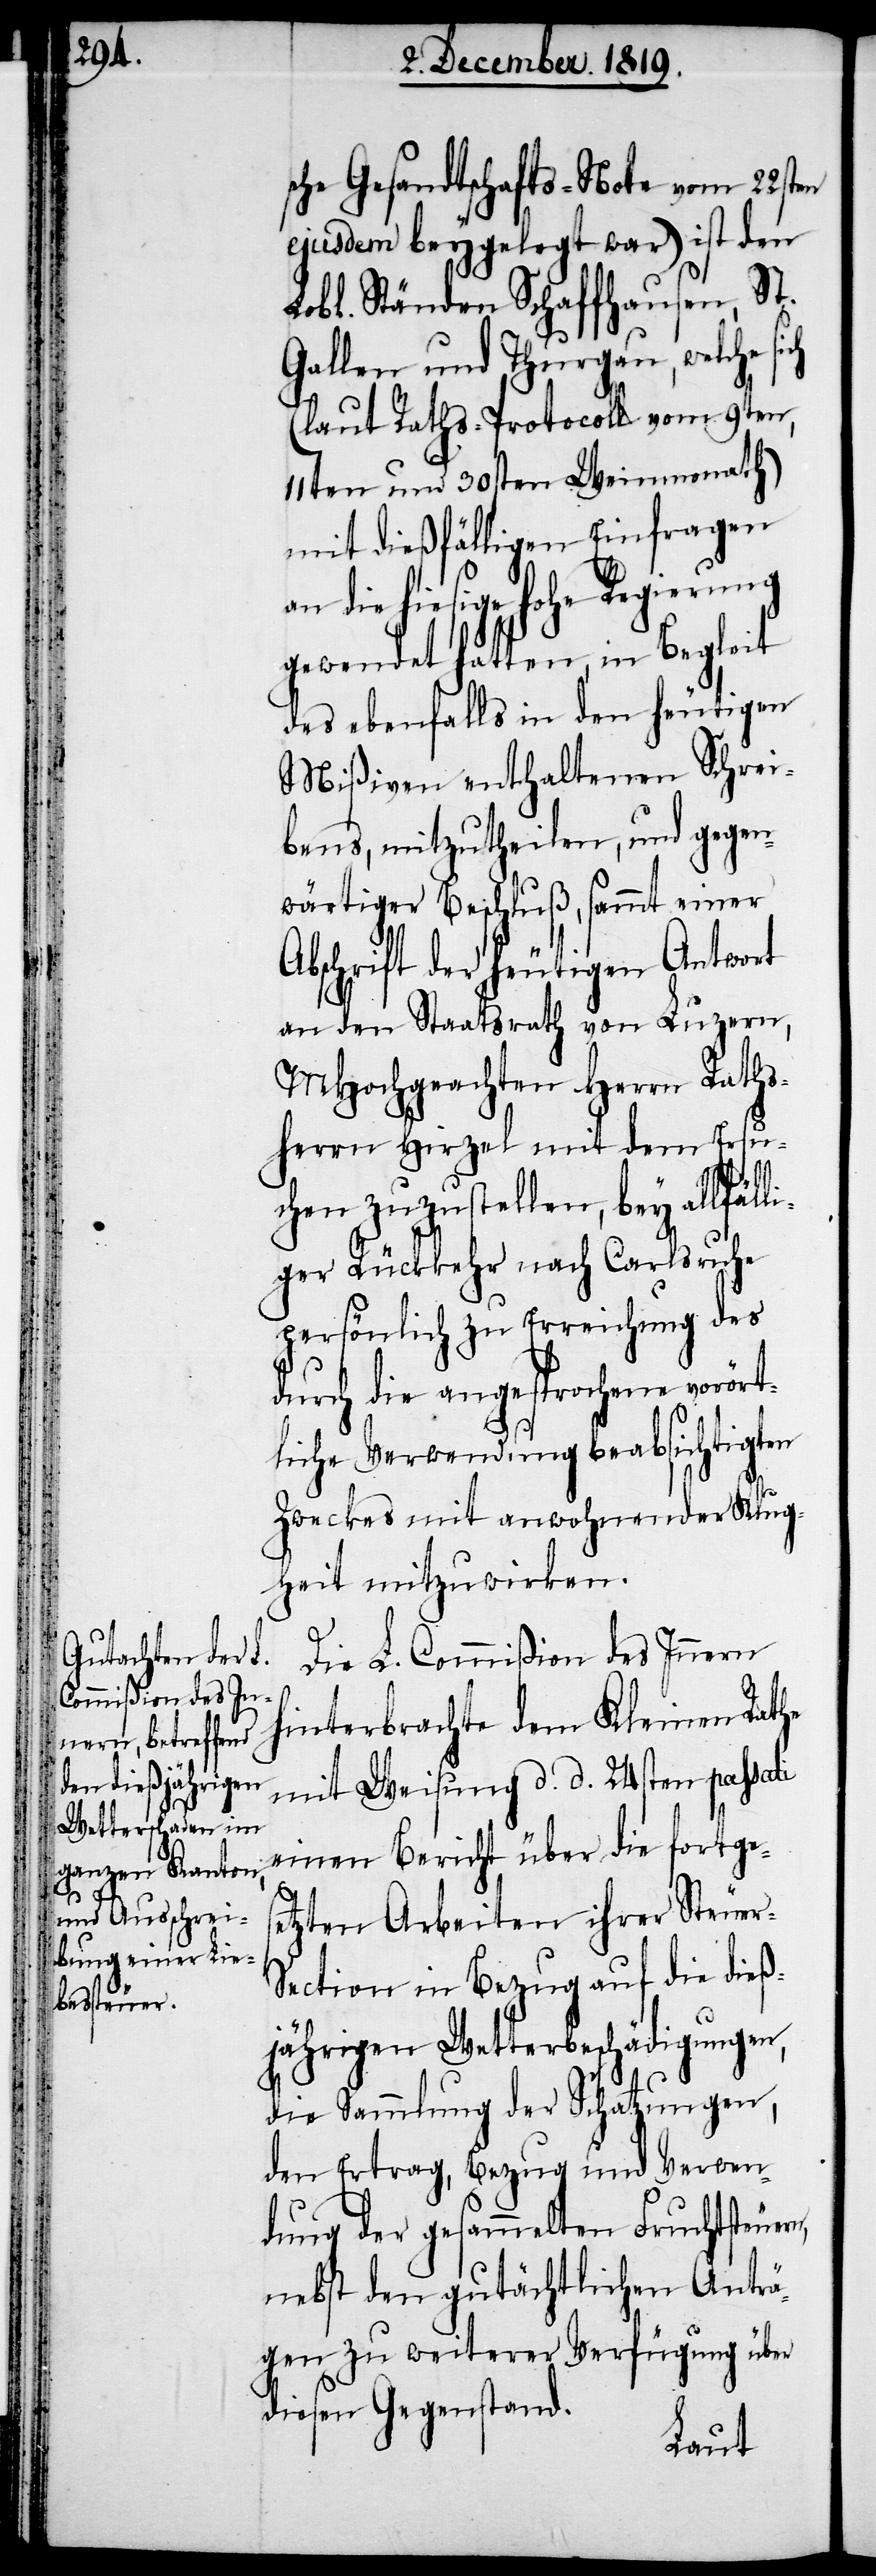
n,

sche Gesandtschafts-Note vom 22sten
ejusdem beygelegt war) ist den
Lobl. Ständen Schaffhausen, St.
Gallen und Thurgau, welche si¬
(laut Raths-Protocoll vom 9ten,
11ten und 30sten Weinmonath)
mit dießfälligen Einfragen
an die hiesige hohe Regierung
gewendet hatten, in Begleit
des ebenfalls in den heutigen
Mißiven enthaltenen Schrei¬
bens, mitzutheilen, und gegen¬
wärtiger Beschluß, sammt einer
Abschrift der heutigen Antwort
an den Staatsrath von Luzern,
MHochgeachten Herrn Raths¬
herrn Hirzel mit dem Ersu¬
li¬
chen zuzustellen, bey allfäl¬
ger Rückkehr nach Carlsruhe
persönlich zu Erreichung des
durch die angesprochene vorör¬
tliche Verwendung beabsichtigten
Zweckes mit anwohnender Klug¬
heit mitzuwirken.
Die L. Commißion des Innern
hinterbrachte dem Kleinen Rathe
mit Weisung d. d. 24sten passati
einen Bericht über die fortges¬
etzten Arbeiten ihrer Steue¬
ection in Bezug auf die dieß¬
jährigen Wetterbeschädigungen,
die Sammlung der Schatzungen,
den Ertrag, Bezug und Verwen¬
dung der gesammelten Fruchtsteuer¬
nebst den gutächtlichen Anträ¬
gen zu weiterer Verfügung über
diesen Gegenstand.